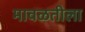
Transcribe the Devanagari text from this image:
मावळतीला